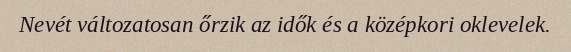
Nevét változatosan őrzik az idők és a középkori oklevelek.